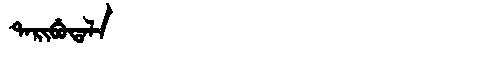
Manchu: ᡨᠠᡵᡳᠪᡠᡨᠠᠯᠠ
Romanization: TARIBUTALA